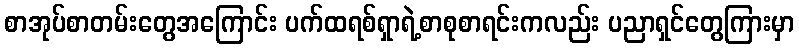
စာအုပ်စာတမ်းတွေအကြောင်း ပက်ထရစ်ရှာရဲ့စာစုစာရင်းကလည်း ပညာရှင်တွေကြားမှာ